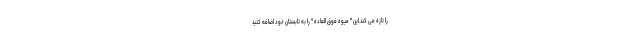
را تازه می کند.این " میوه فوق العاده " را به تابستان خود اضافه کنید